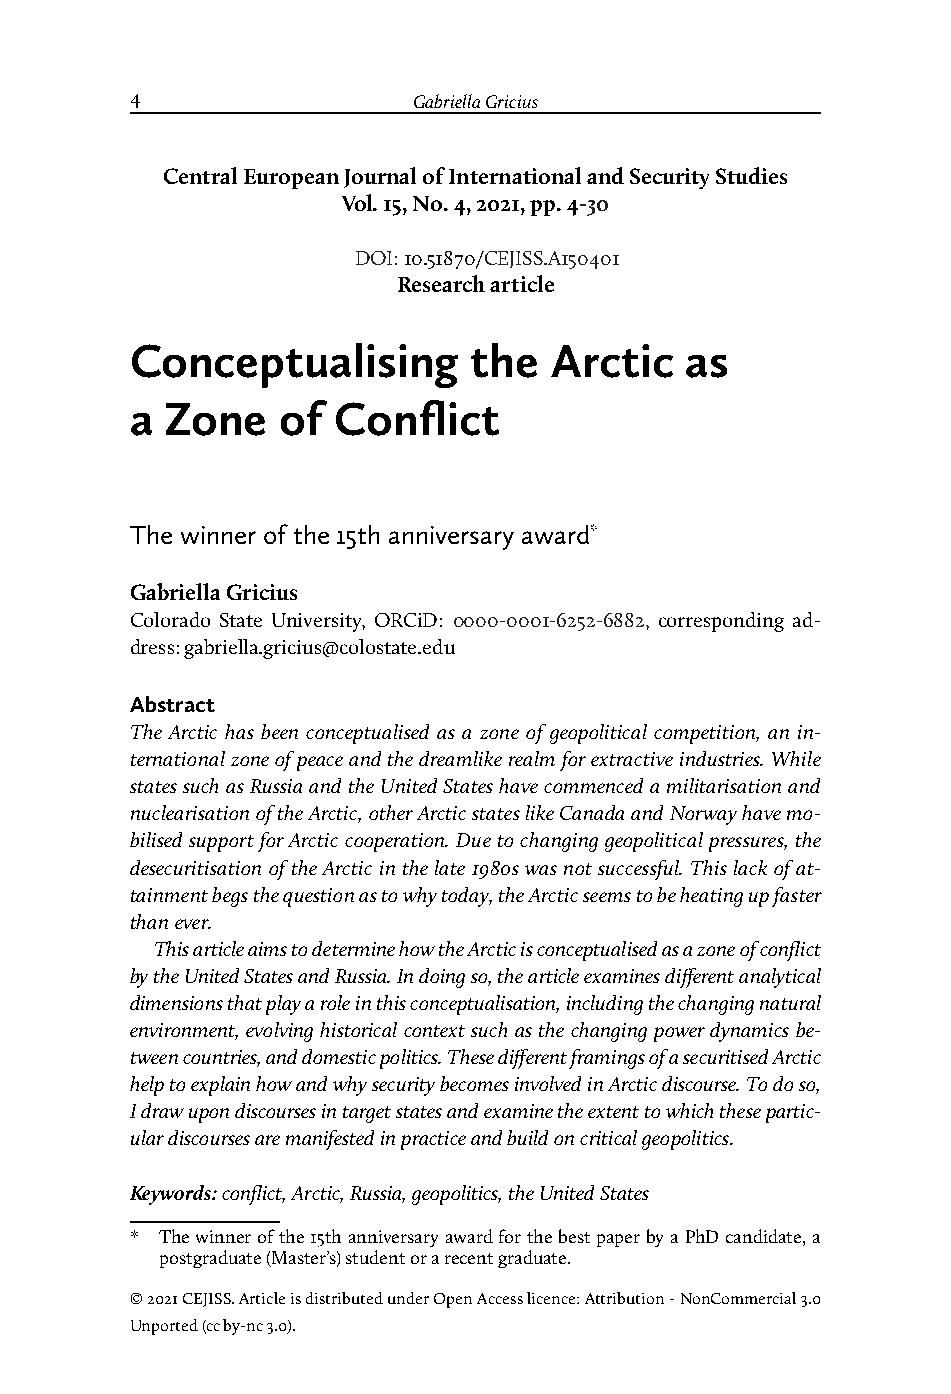
4                 Gabriella Gricius                                    Conceptualising the Arctic as a Zone of Conflict
 Central European Journal of International and Security Studies
 Vol. 15, No. 4, 2021, pp. 4-30
 DOI: 10.51870/CEJISS.A150401
 Research article
 Conceptualising       the  Arctic   as
 a Zone    of Conflict
 The winner of the 15th anniversary award*
 Gabriella Gricius
 Colorado State University, ORCiD: 0000-0001-6252-6882, corresponding ad-
 dress: gabriella.gricius@colostate.edu
 Abstract
 The Arctic has been conceptualised as a zone of geopolitical competition, an in-
 ternational zone of peace and the dreamlike realm for extractive industries. While
 states such as Russia and the United States have commenced a militarisation and
 nuclearisation of the Arctic, other Arctic states like Canada and Norway have mo-
 bilised support for Arctic cooperation. Due to changing geopolitical pressures, the
 desecuritisation of the Arctic in the late 1980s was not successful. This lack of at-
 tainment begs the question as to why today, the Arctic seems to be heating up faster
 than ever.
 This article aims to determine how the Arctic is conceptualised as a zone of conflict
 by the United States and Russia. In doing so, the article examines different analytical
 dimensions that play a role in this conceptualisation, including the changing natural
 environment, evolving historical context such as the changing power dynamics be-
 tween countries, and domestic politics. These different framings of a securitised Arctic
 help to explain how and why security becomes involved in Arctic discourse. To do so,
 I draw upon discourses in target states and examine the extent to which these partic-
 ular discourses are manifested in practice and build on critical geopolitics.
 Keywords: conflict, Arctic, Russia, geopolitics, the United States
 * The winner of the 15th anniversary award for the best paper by a PhD candidate, a
 postgraduate (Master’s) student or a recent graduate.
 © 2021 CEJISS. Article is distributed under Open Access licence: Attribution - NonCommercial 3.0
 Unported (cc by-nc 3.0).